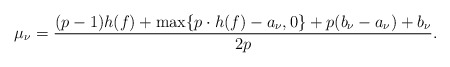
\begin{align*} \mu_{\nu}=\frac{(p-1)h(f)+\max\{p\cdot h(f)-a_{\nu},0\}+p(b_\nu-a_\nu)+b_{\nu}}{2p}.\end{align*}